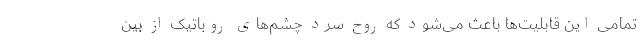
تمامی این قابلیت‌ها باعث می‌شود که روح سرد چشم‌های روباتیک از بین